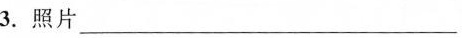
3.照片_____ 4.旅游______________